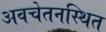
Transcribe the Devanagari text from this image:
अवचेतनस्थित